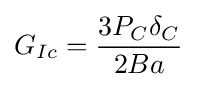
G_{Ic}={\frac {3P_{C}\delta _{C}}{2Ba}}